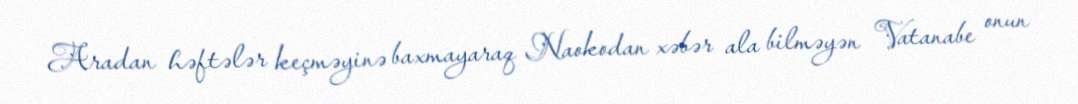
Aradan həftələr keçməyinə baxmayaraq Naokodan xəbər ala bilməyən Vatanabe onun